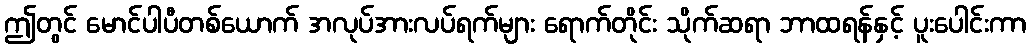
ဤတွင် မောင်ပါပီတစ်ယောက် အလုပ်အားလပ်ရက်များ ရောက်တိုင်း သိုက်ဆရာ ဘာထရန်နှင့် ပူးပေါင်းကာ